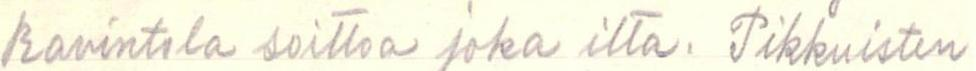
Ravintola soittaa joka ilta. Pikkuisten